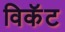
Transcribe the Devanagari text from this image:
विकॅट